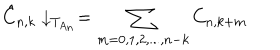
\hat { C } _ { n , k } \downarrow _ { T _ { A _ { n } } } = \sum _ { m = 0 , 1 , 2 , . . . , n - k } C _ { n , k + m }